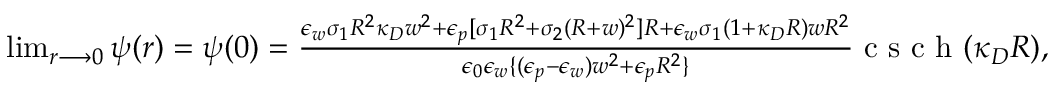
\begin{array} { r } { \operatorname* { l i m } _ { r \longrightarrow 0 } \psi ( r ) = \psi ( 0 ) = \frac { \epsilon _ { w } \sigma _ { 1 } R ^ { 2 } \kappa _ { D } w ^ { 2 } + \epsilon _ { p } [ \sigma _ { 1 } R ^ { 2 } + \sigma _ { 2 } ( R + w ) ^ { 2 } ] R + \epsilon _ { w } \sigma _ { 1 } ( 1 + \kappa _ { D } R ) w R ^ { 2 } } { \epsilon _ { 0 } \epsilon _ { w } \{ ( \epsilon _ { p } - \epsilon _ { w } ) w ^ { 2 } + \epsilon _ { p } R ^ { 2 } \} } \mathrm { ~ c ~ s ~ c ~ h ~ } ( \kappa _ { D } R ) , } \end{array}